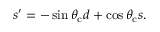
s ^ { \prime } = - \sin { \theta _ { \mathrm { c } } } d + \cos { \theta _ { \mathrm { c } } } s .